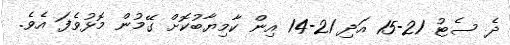
ދެ ސެޓު 21-15 އަދި 21-14 އިން ކާމިޔާބުކޮށް ގޭމުން މޮޅުވެފަ އެވެ.